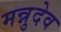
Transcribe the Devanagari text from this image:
मन्नुदेव